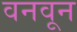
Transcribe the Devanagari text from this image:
वनवून